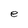
Character: e